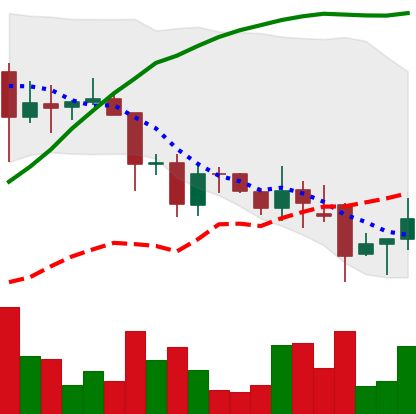
Ticker: DOGE-USD
Chart end date: 2021-11-29
Forward return: -16.88%
Label: down_7plus